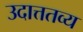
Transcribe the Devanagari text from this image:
उदात्ततव्य